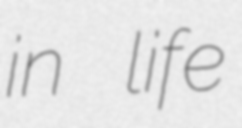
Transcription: in life